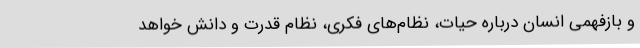
و بازفهمی انسان درباره حیات، نظام‌های فکری، نظام قدرت و دانش خواهد